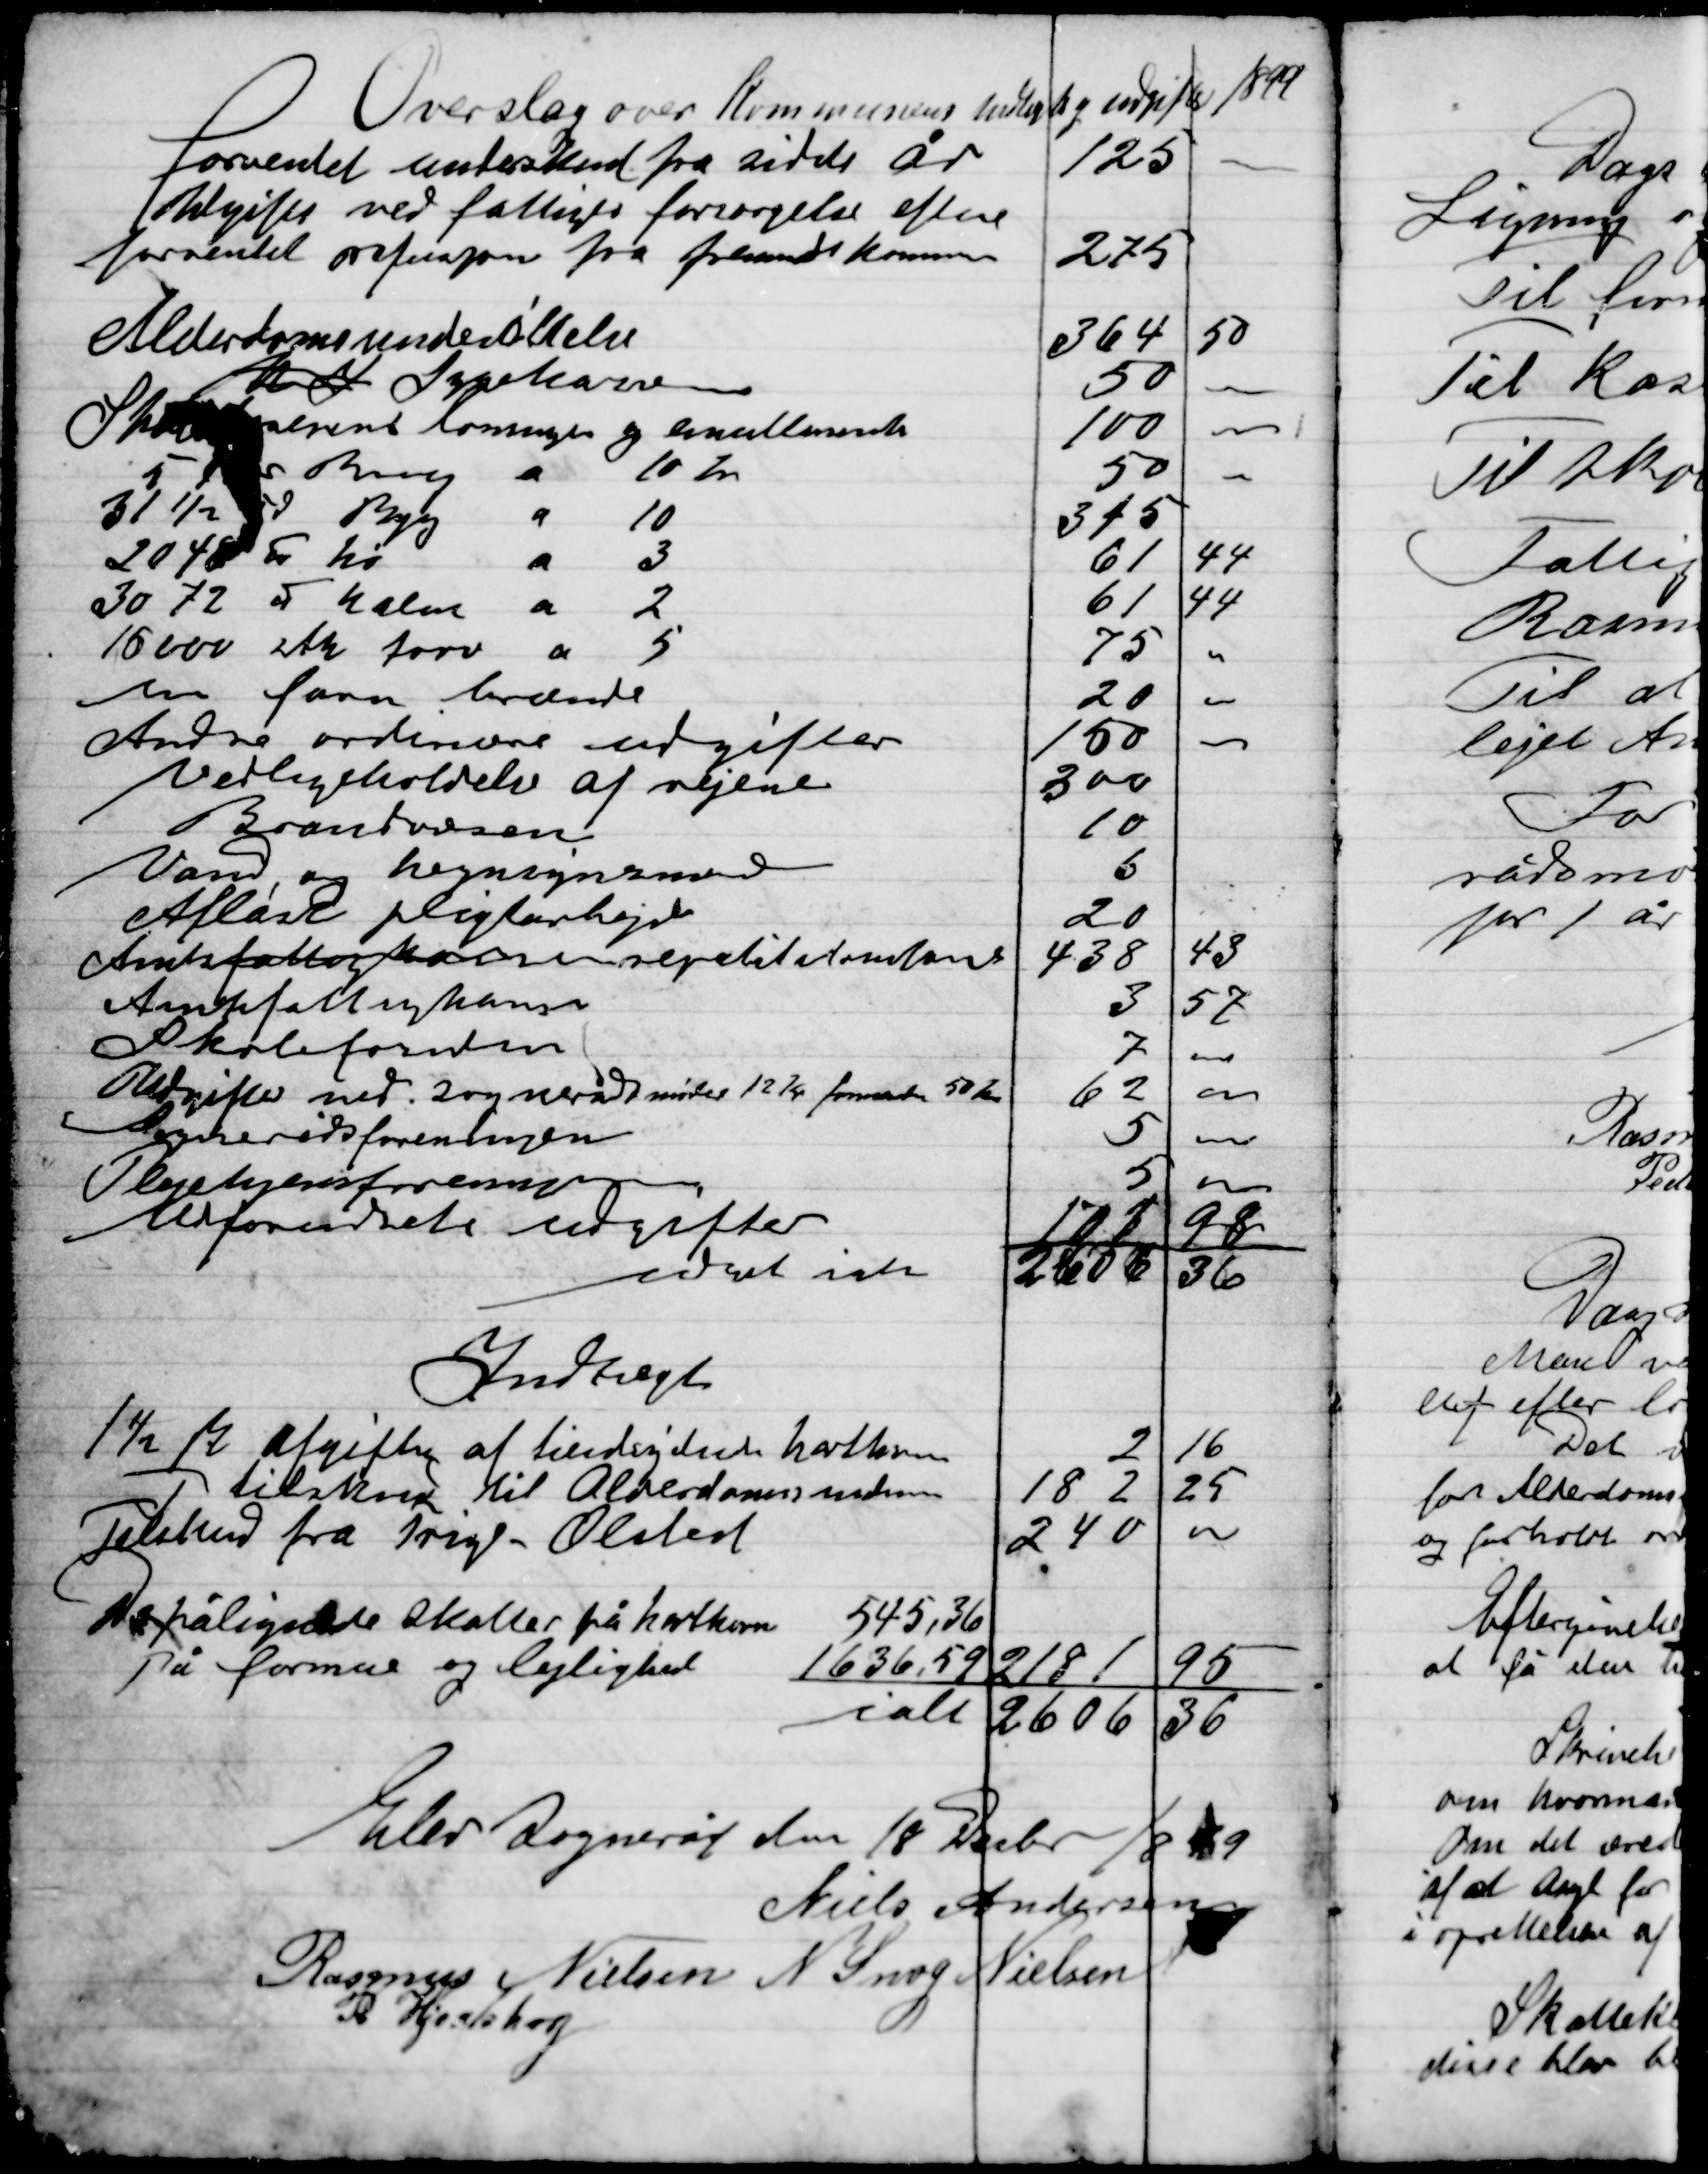
Transskription:
Elev sogneråd den 18 Decbr 1899

Niels Andersen
Rasmus Nielsen
N. Snog Nielsen
P. Hjortshøj